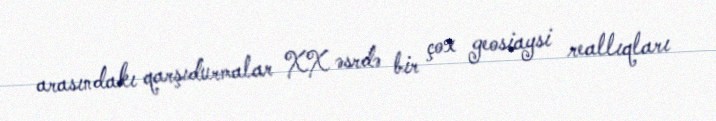
arasındakı qarşıdurmalar XX əsrdə bir çox geosiaysi reallıqları